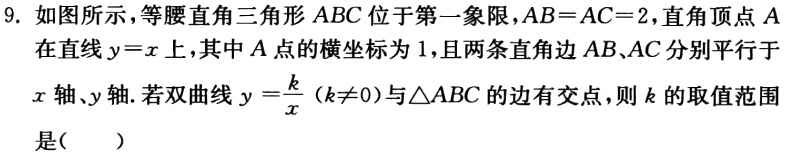
9. 如图所示，等腰直角三角形 \(ABC\) 位于第一象限，\(AB = AC = 2\)，直角顶点 \(A\) 在直线 \(y = x\) 上，其中 \(A\) 点的横坐标为 \(1\)，且两条直角边 \(AB、AC\) 分别平行于 \(x\) 轴、\(y\) 轴. 若双曲线 \(y=\frac{k}{x}(k\neq0)\) 与\(\triangle ABC\) 的边有交点，则 \(k\) 的取值范围是（  ）